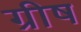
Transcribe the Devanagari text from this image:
ग्रीष